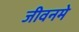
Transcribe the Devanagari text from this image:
जीवनमे